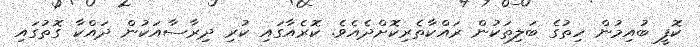
ކޮފީ ބުއިމުން ހިތުގެ ބަލިތަކުން ރައްކާތެރިކޮށްދެއެވެ. ކޮރެއާގައި ކުރި ދިރާސާއަކުން ދައްކާ ގޮތުގައި